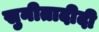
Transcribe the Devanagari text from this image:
सुनीतादीदी